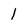
Character: 1